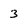
Character: 3